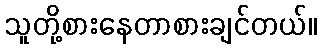
သူတို့စားနေတာစားချင်တယ်။